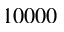
1 0 0 0 0